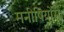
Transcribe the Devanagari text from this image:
मनीषियोंसे